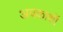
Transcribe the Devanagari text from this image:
अवकाशॉ